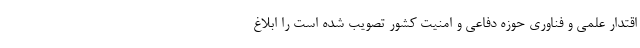
اقتدار علمی و فناوری حوزه دفاعی و امنیت کشور تصویب شده است را ابلاغ